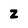
Character: 2